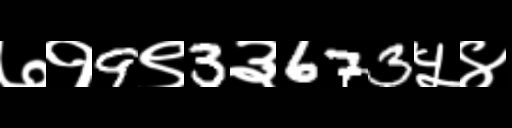
Text: ७१9९3३673५४